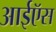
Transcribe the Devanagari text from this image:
आईऍस